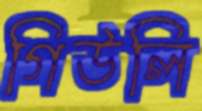
গিউলি